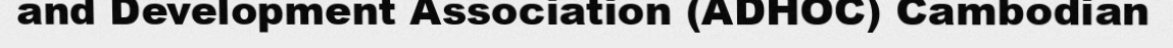
and Development Association (ADHOC) Cambodian